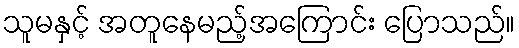
သူမနှင့် အတူနေမည့်အကြောင်း ပြောသည်။